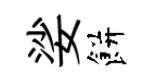
娑餅